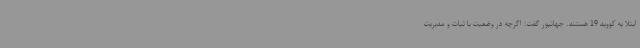
ابتلا به کووید 19 هستند. جهانپور گفت: اگرچه در وضعیت با ثبات و مدیریت